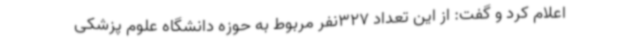
اعلام کرد و گفت: از این تعداد 327نفر مربوط به حوزه دانشگاه علوم پزشکی